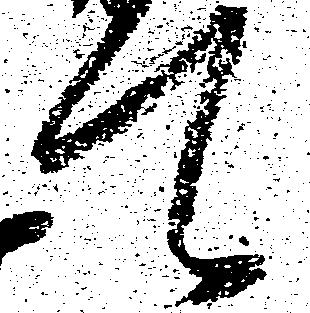
て